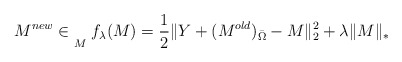
\begin{align*}M^{new}\in \underset{M}{}\; f_{\lambda}(M)=\frac{1}{2}\Vert Y+(M^{old})_{\bar \Omega}-M\Vert^{2}_{2}+\lambda\Vert M\Vert_{*}\end{align*}